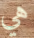
هي